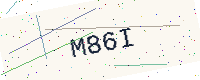
Text: M86I